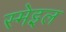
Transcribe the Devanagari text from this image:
स्मेइल